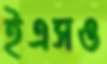
ইএসও